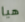
هيا